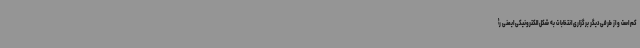
کم است و از طرفی دیگر برگزاری انتخابات به شکل الکترونیکی ایمنی رأ